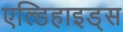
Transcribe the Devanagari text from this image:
एल्डिहाइड्स